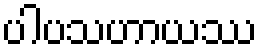
ပါပသဟာယဿ